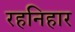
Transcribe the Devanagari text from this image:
रहनिहार